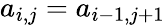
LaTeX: a_{i,j}=a_{i-1,j+1}